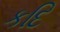
કદિ